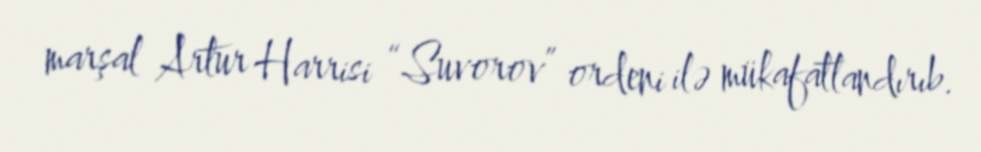
marşal Artur Harrisi “Suvorov” ordeni ilə mükafatlandırıb.